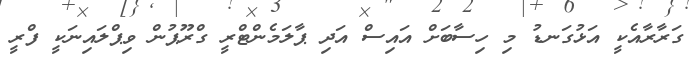
ގަރާރާއެކީ އަޅުގަނޑު މި ހިސާބަށް އައިސް އަދި ޕާލަމެންޓްރީ ގްރޫޕުން ވިޕްލައިނަކީ ފްރީ